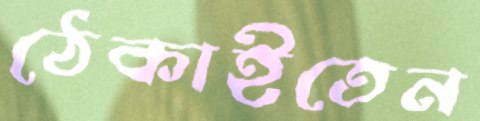
ঠেকাইতেন